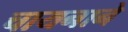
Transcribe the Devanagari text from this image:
चायनाने